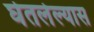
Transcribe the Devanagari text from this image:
घेतलेल्यास